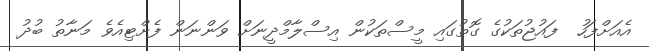
އެއަށްފަހު  ފައުޖުތަކުގެ ގޮތުގައި މީސްތަކުން އިސްލާމްދީނަށް ވަންނަން ފެށްޓިއެވެ މަނާތު ބުދު